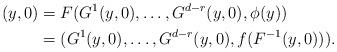
LaTeX: \begin{align*}(y,0)&= F(G^1(y,0),\ldots, G^{d-r}(y,0),\phi(y)) \\&= (G^1(y,0),\ldots, G^{d-r}(y,0),f(F^{-1}(y,0))).\end{align*}